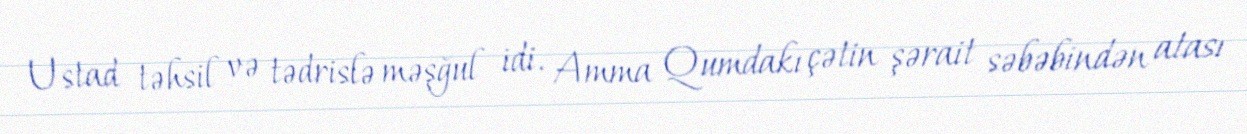
Ustad təhsil və tədrislə məşğul idi. Amma Qumdakı çətin şərait səbəbindən atası